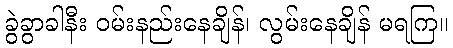
ခွဲခွာခါနီး ဝမ်းနည်းနေချိန်၊ လွမ်းနေချိန် မရကြ။